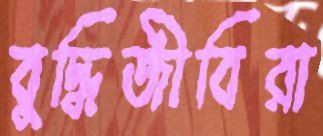
বুদ্ধিজীবিরা